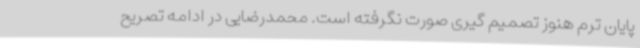
پایان ترم هنوز تصمیم گیری صورت نگرفته است. محمدرضایی در ادامه تصریح